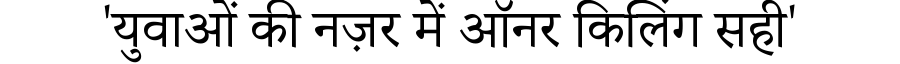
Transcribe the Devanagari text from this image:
'युवाओं की नज़र में ऑनर किलिंग सही'